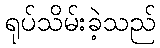
ရုပ်သိမ်းခဲ့သည်